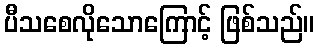
ပီသစေလိုသောကြောင့် ဖြစ်သည်။